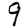
Digit: 9